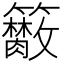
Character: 𥷭